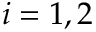
i = 1 , 2